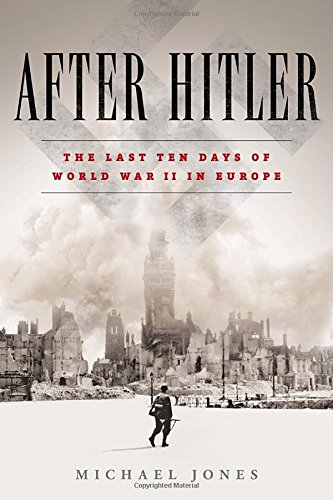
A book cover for After Hitler: The Last Ten Days of World War II in Europe; Michael Jones; History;